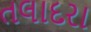
તલાદરા